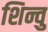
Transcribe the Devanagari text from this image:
शिन्वु